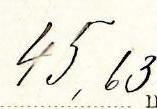
45,63